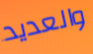
والعديد